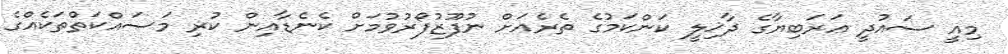
މިއީ ސައުދީ ޢަރަބިޔާގެ ދާޚިލީ ކަންކަމުގެ ތެރެއަށް ނުފޫޒުފޯރުވުމަށް ކެނެޑާއިން ކުރި މަސައްކަތްތަކެއްގެ